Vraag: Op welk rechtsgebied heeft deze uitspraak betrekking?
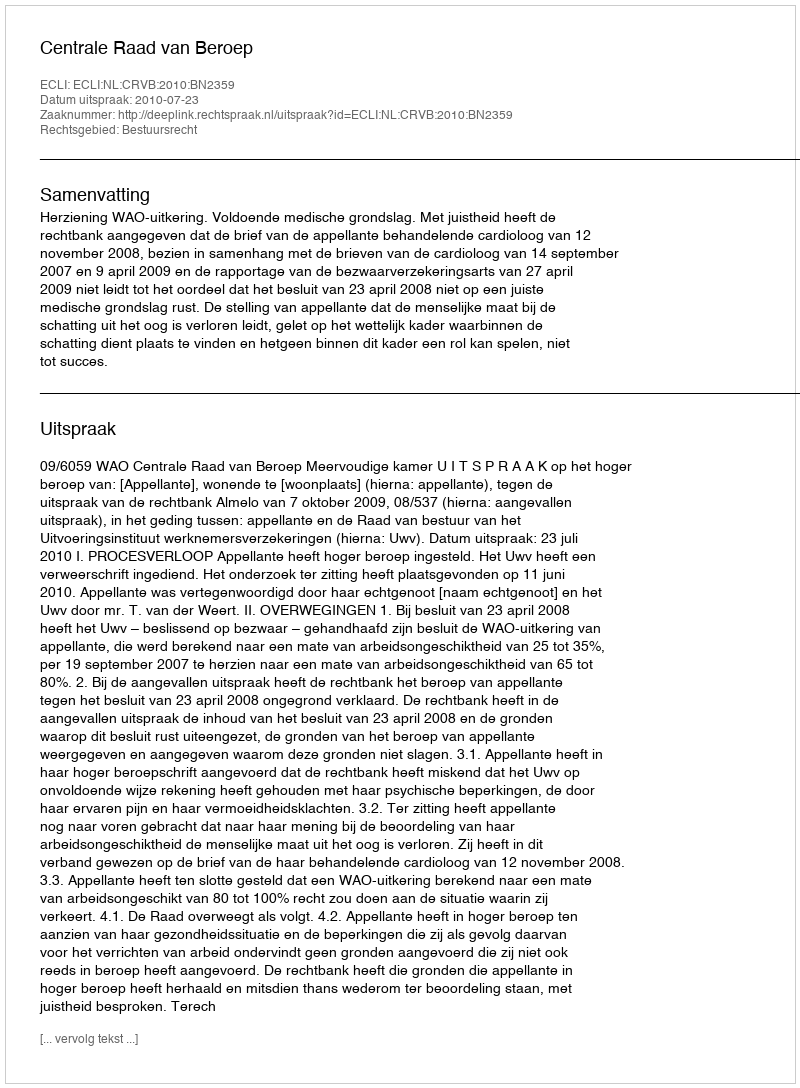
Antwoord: Bestuursrecht